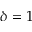
\delta = 1